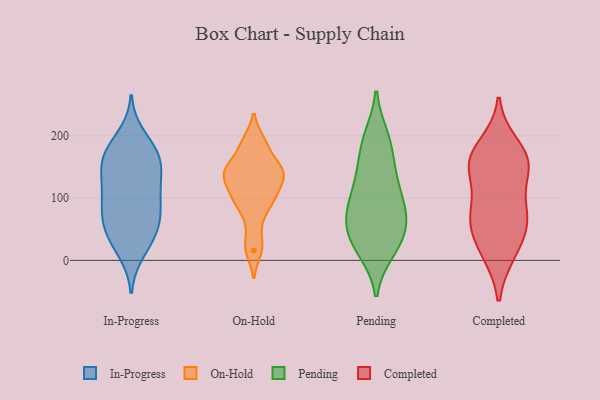
{"axis": {"x": "Net Income (USD K)", "y": "Value"}, "legend": ["Completed", "In-Progress", "On-Hold", "Pending"], "data": [{"x": "", "y": 28, "type": "In-Progress"}, {"x": "", "y": 14, "type": "In-Progress"}, {"x": "", "y": 172, "type": "In-Progress"}, {"x": "", "y": 159, "type": "In-Progress"}, {"x": "", "y": 87, "type": "In-Progress"}, {"x": "", "y": 114, "type": "In-Progress"}, {"x": "", "y": 73, "type": "In-Progress"}, {"x": "", "y": 62, "type": "In-Progress"}, {"x": "", "y": 138, "type": "In-Progress"}, {"x": "", "y": 174, "type": "In-Progress"}, {"x": "", "y": 63, "type": "In-Progress"}, {"x": "", "y": 53, "type": "In-Progress"}, {"x": "", "y": 135, "type": "In-Progress"}, {"x": "", "y": 171, "type": "In-Progress"}, {"x": "", "y": 199, "type": "In-Progress"}, {"x": "", "y": 102, "type": "In-Progress"}, {"x": "", "y": 161, "type": "In-Progress"}, {"x": "", "y": 108, "type": "In-Progress"}, {"x": "", "y": 37, "type": "In-Progress"}, {"x": "", "y": 168, "type": "On-Hold"}, {"x": "", "y": 143, "type": "On-Hold"}, {"x": "", "y": 138, "type": "On-Hold"}, {"x": "", "y": 99, "type": "On-Hold"}, {"x": "", "y": 142, "type": "On-Hold"}, {"x": "", "y": 146, "type": "On-Hold"}, {"x": "", "y": 16, "type": "On-Hold"}, {"x": "", "y": 136, "type": "On-Hold"}, {"x": "", "y": 134, "type": "On-Hold"}, {"x": "", "y": 65, "type": "On-Hold"}, {"x": "", "y": 189, "type": "On-Hold"}, {"x": "", "y": 100, "type": "On-Hold"}, {"x": "", "y": 191, "type": "On-Hold"}, {"x": "", "y": 92, "type": "On-Hold"}, {"x": "", "y": 110, "type": "On-Hold"}, {"x": "", "y": 25, "type": "On-Hold"}, {"x": "", "y": 146, "type": "Pending"}, {"x": "", "y": 43, "type": "Pending"}, {"x": "", "y": 193, "type": "Pending"}, {"x": "", "y": 101, "type": "Pending"}, {"x": "", "y": 92, "type": "Pending"}, {"x": "", "y": 141, "type": "Pending"}, {"x": "", "y": 16, "type": "Pending"}, {"x": "", "y": 51, "type": "Pending"}, {"x": "", "y": 199, "type": "Pending"}, {"x": "", "y": 61, "type": "Pending"}, {"x": "", "y": 97, "type": "Pending"}, {"x": "", "y": 49, "type": "Pending"}, {"x": "", "y": 138, "type": "Pending"}, {"x": "", "y": 85, "type": "Pending"}, {"x": "", "y": 21, "type": "Pending"}, {"x": "", "y": 68, "type": "Pending"}, {"x": "", "y": 15, "type": "Pending"}, {"x": "", "y": 188, "type": "Pending"}, {"x": "", "y": 78, "type": "Completed"}, {"x": "", "y": 59, "type": "Completed"}, {"x": "", "y": 150, "type": "Completed"}, {"x": "", "y": 86, "type": "Completed"}, {"x": "", "y": 12, "type": "Completed"}, {"x": "", "y": 146, "type": "Completed"}, {"x": "", "y": 161, "type": "Completed"}, {"x": "", "y": 163, "type": "Completed"}, {"x": "", "y": 66, "type": "Completed"}, {"x": "", "y": 152, "type": "Completed"}, {"x": "", "y": 12, "type": "Completed"}, {"x": "", "y": 185, "type": "Completed"}, {"x": "", "y": 53, "type": "Completed"}]}